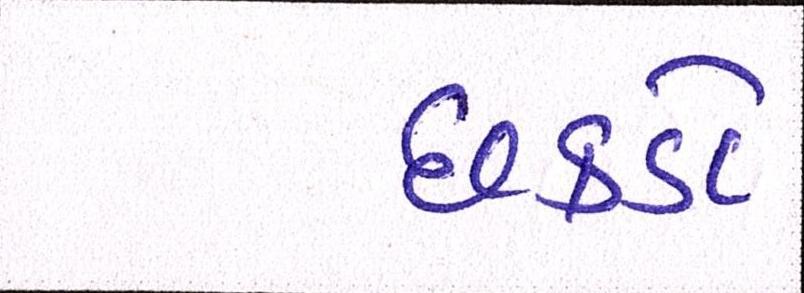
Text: છકડો